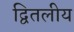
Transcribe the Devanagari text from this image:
द्वितलीय